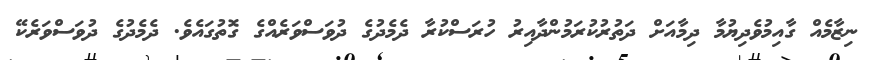
ނިޒާމެއް ގާއިމުވެދިޔުމާ ދިމާއަށް ދަތުރުކުރަމުންދާއިރު ހުރަސްކުރާ ދެމެދުގެ ދުވަސްވަރެއްގެ ގޮތުގައެވެ. ދެމެދުގެ ދުވަސްވަރެކޭ